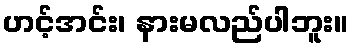
ဟင့်အင်း၊ နားမလည်ပါဘူး။